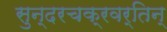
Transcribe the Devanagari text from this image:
सुन्दरचक्रवर्तिन्